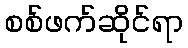
စစ်ဖက်ဆိုင်ရာ